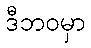
ဒီဘဝမှာ